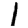
Digit: 1